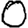
Digit: 0